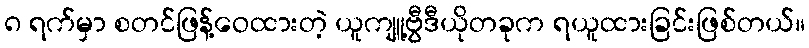
၈ ရက်မှာ စတင်ဖြန့်ဝေထားတဲ့ ယူကျူ့ဗွီဒီယိုတခုက ရယူထားခြင်းဖြစ်တယ်။